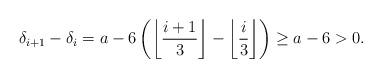
LaTeX: \begin{align*}\delta_{i+1} - \delta_i = a - 6 \left( \left\lfloor \frac{i+1}{3} \right\rfloor - \left\lfloor \frac{i}{3} \right\rfloor \right) \geq a - 6 > 0.\end{align*}